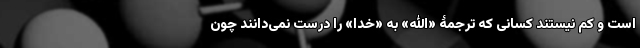
است و کم نیستند کسانی که ترجمۀ «الله» به «خدا» را درست نمی‌دانند چون